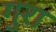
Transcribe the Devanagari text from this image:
गुरा